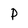
Character: P